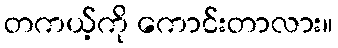
တကယ့်ကို ကောင်းတာလား။